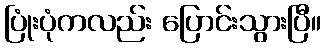
ပြုံးပုံကလည်း ပြောင်းသွားပြီ။